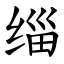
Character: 缁